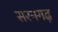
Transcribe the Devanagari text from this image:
सरनगढ़